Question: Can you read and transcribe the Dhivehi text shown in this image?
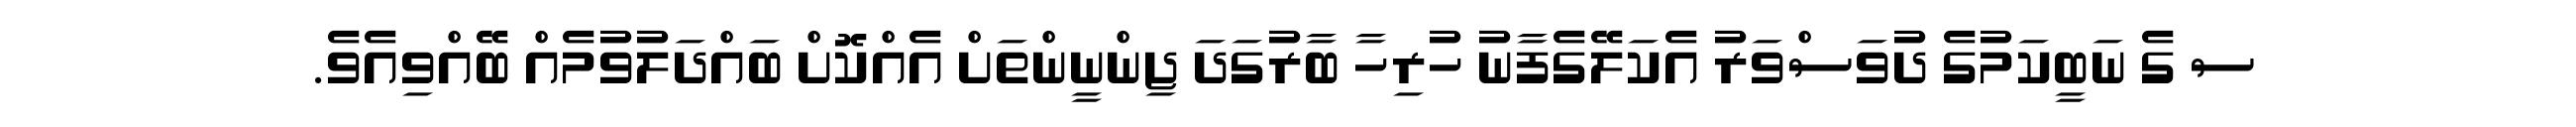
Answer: ސ ގެ ނަބީކަމުގެ ދުވަސްވަރު އެކަލޭގެފާނު ހުރިހާ ބާރުގަދަ ޖިންނީންތަށް އެއްކޮށް ބައްދަލުވުމެއް ބޭއްވިއެވެ.